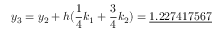
y _ { 3 } = y _ { 2 } + h ( { \frac { 1 } { 4 } } k _ { 1 } + { \frac { 3 } { 4 } } k _ { 2 } ) = { \underline { { 1 . 2 2 7 4 1 7 5 6 7 } } }